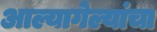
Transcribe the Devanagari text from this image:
आल्यागेल्यांचा